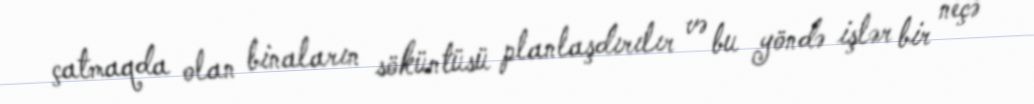
çatmaqda olan binaların söküntüsü planlaşdırılır və bu yöndə işlər bir neçə